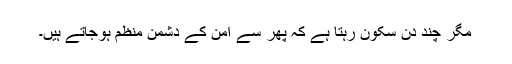
مگر چند دن سکون رہتا ہے کہ پھر سے امن کے دشمن منظم ہوجاتے ہیں۔